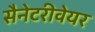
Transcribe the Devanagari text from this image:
सैनेटरीवेयर